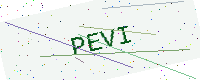
Text: PEVI